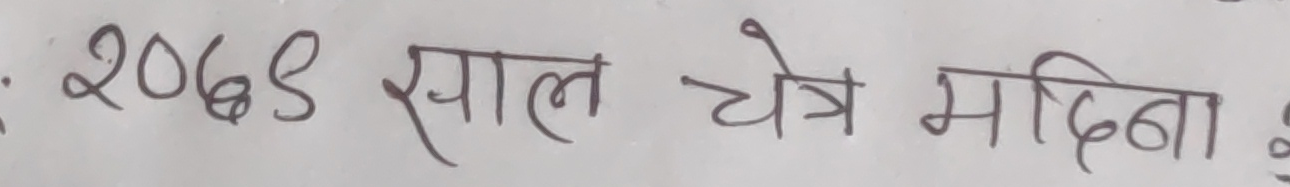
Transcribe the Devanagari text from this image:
2065 साल चैत्र महिना २